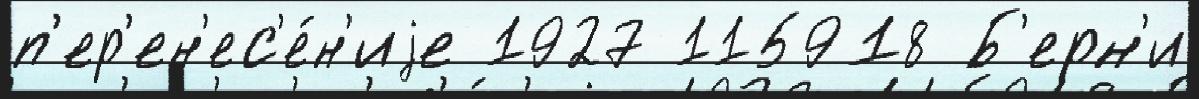
п'ер'ен'ес'е́н'иjе 1927 115918 Б'ерн'и